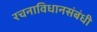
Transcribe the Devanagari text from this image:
रचनाविधानसंबंधी